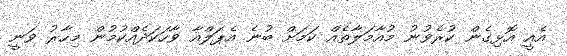
އެއީ އޮޅިގެން ކުރެވުނު މުއާމަލާތެއް ކަމަށް ބުނެ އެޕަލްއާ ވާހަކަދެއްކުމުން މިހާރު ވަނީ